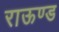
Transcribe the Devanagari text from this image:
राऊण्ड